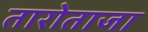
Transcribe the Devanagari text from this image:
तारोताजा